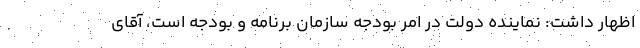
اظهار داشت: نماینده دولت در امر بودجه سازمان برنامه و بودجه است، آقای